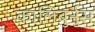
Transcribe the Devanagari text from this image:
कालिबुर्नुस